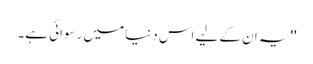
''یہ ان کے لیے اس دنیا میں رسوائی ہے۔